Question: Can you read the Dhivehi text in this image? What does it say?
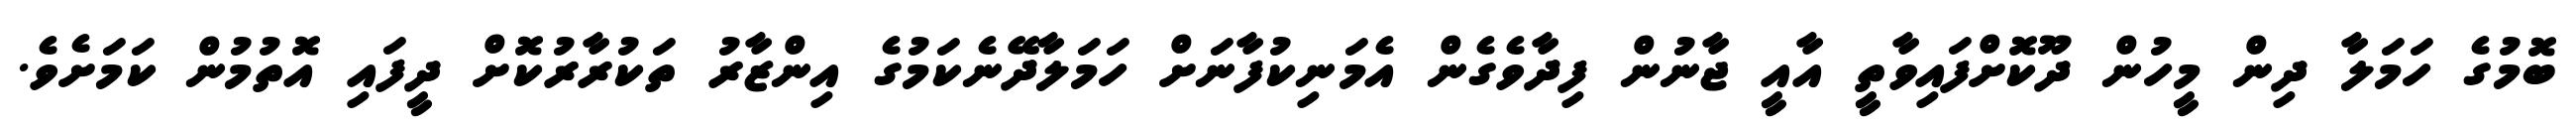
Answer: ބޮމުގެ ހަމަލާ ދިން މީހުން ދޫކޮށްފައިވާތީ އާއީ ޖާނުން ފިދާވެގެން އެމަނިކުފާނަށް ހަމަލާދޭނެކަމުގެ އިންޒާރު ތަކުރާރުކޮށް ދީފައި އޮތުމުން ކަމަށެވެ.